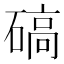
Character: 碻